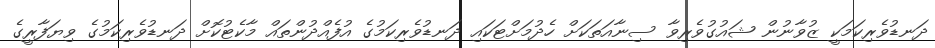
ދަނޑުވެރިކަމަކީ ޒުވާނުން ޝައުގުވެރިވާ ސިނާއަތަކަށް ހެދުމަށްޓަކައި ދަނޑުވެރިކަމުގެ އުފެއްދުންތައް މާކެޓުކޮށް ދަނޑުވެރިކަމުގެ ވިޔަފާރީގެ